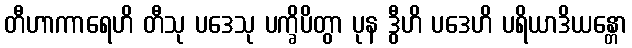
တီဟာကာရေဟိ တီသု ပဒေသု ပက္ခိပိတွာ ပုန ဒွီဟိ ပဒေဟိ ပရိယာဒိယန္တော